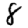
Digit: 8